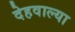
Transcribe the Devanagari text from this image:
देहवाल्या